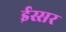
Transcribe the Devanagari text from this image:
ईस्सर